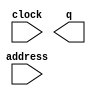
module prnf5ccc (
	address,
	clock,
	q);

	input	[15:0]  address;
	input	  clock;
	output	[7:0]  q;
`ifndef ALTERA_RESERVED_QIS
// synopsys translate_off
`endif
	tri1	  clock;
`ifndef ALTERA_RESERVED_QIS
// synopsys translate_on
`endif

endmodule